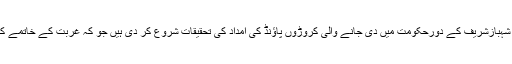
برطانوی حکام نے شہبازشریف کے دورحکومت میں دی جانے والی کروڑوں پاﺅنڈ کی امداد کی تحقیقات شروع کر دی ہیں جو کہ غربت کے خاتمے کیلئے دی گئی تھی ۔